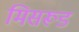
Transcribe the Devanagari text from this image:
मिसरूड